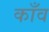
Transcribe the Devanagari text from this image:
काँव